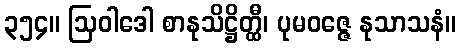
၃၅၄။ ဩဝါဒေါ စာနုသိဋ္ဌိတ္ထီ၊ ပုမဝဇ္ဇေ နုသာသနံ။